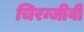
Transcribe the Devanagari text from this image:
चिरन्जीवी